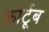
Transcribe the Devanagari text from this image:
कार्टूब